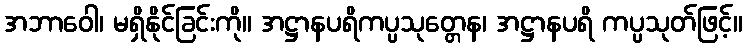
အဘာဝေါ၊ မရှိနိုင်ခြင်းကို။ အဋ္ဌာနပရိကပ္ပသုတ္တေန၊ အဋ္ဌာနပရိ ကပ္ပသုတ်ဖြင့်။